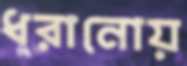
ধরানোয়